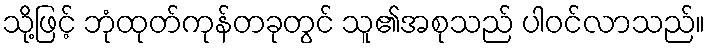
သို့ဖြင့် ဘုံထုတ်ကုန်တခုတွင် သူ၏အစုသည် ပါဝင်လာသည်။